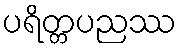
ပရိတ္တပညဿ